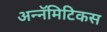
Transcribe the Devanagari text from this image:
अन्नॅमिटिकस